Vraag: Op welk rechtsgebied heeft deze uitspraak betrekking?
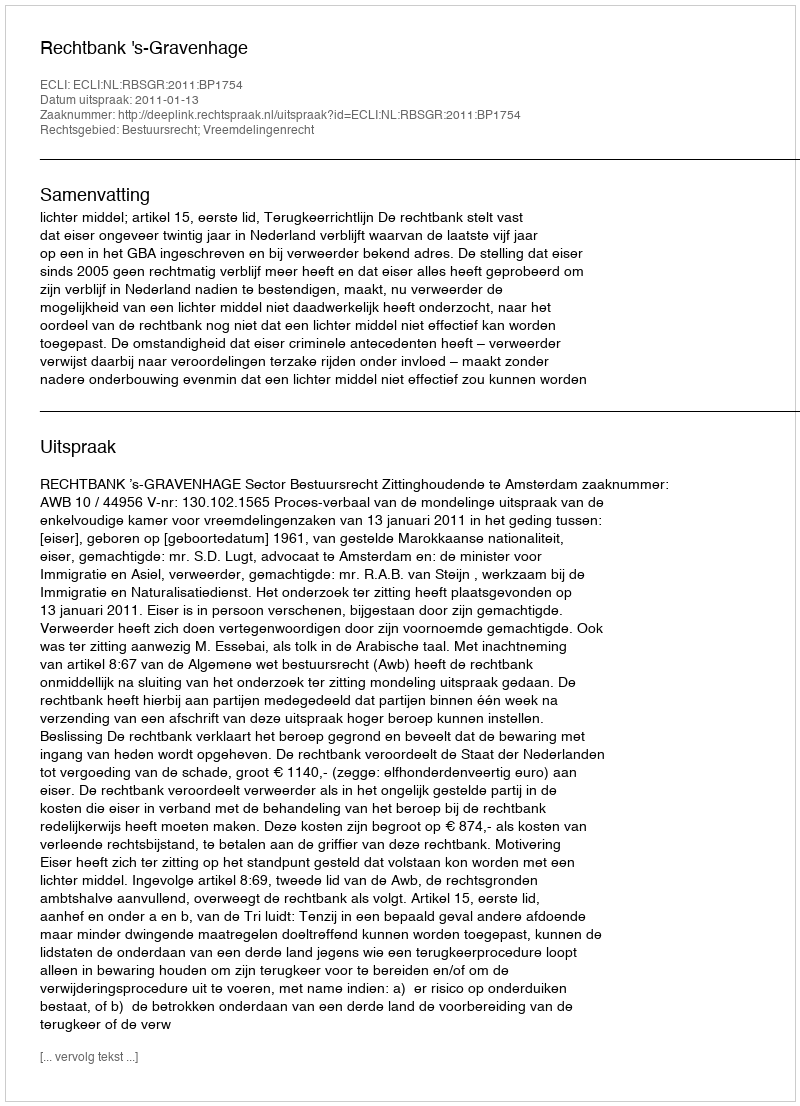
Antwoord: Bestuursrecht; Vreemdelingenrecht